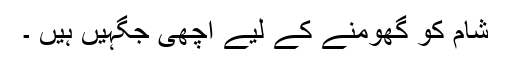
شام کو گھومنے کے لیے اچھی جگہیں ہیں ۔